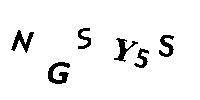
NGSY5S